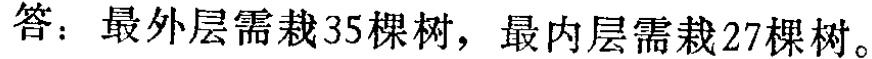
答：最外层需栽35棵树，最内层需栽27棵树。